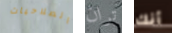
الصلاحيات تران أنك